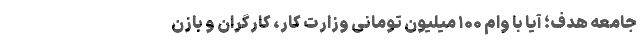
جامعه هدف؛ آیا با وام ۱۰۰ میلیون تومانی وزارت کار، کارگران و بازن